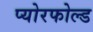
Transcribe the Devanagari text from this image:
प्योरफोल्ड